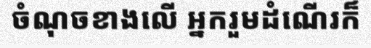
ចំណុចខាងលើ អ្នករួមដំណើរក៏